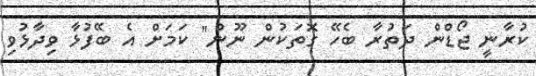
ކުރާނީ ޖޯޑްން ދަތުރާ ބެހޭ ގޮތަކުން ނޫން" ކަމަށް އެ ބޭފުޅާ ވިދާޅުވި